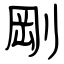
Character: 剛